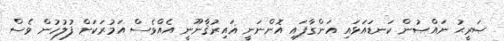
ޞަރީޙު ނައްޞުން ކަނޑައަޅައި އަންގާފައި އޮންނަނީ ޣައިރުޤާނޫނީ އެއްވެސް އަމުރަކަށް ފުލުހުން ވެސް